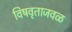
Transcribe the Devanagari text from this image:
विषवृताजवळ